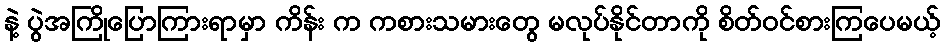
နဲ့ ပွဲအကြိုပြောကြားရာမှာ ကိန်း က ကစားသမားတွေ မလုပ်နိုင်တာကို စိတ်ဝင်စားကြပေမယ့်